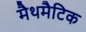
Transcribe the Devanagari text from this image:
मैथमैटिक